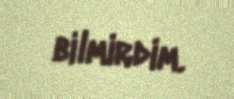
bilmirdim.